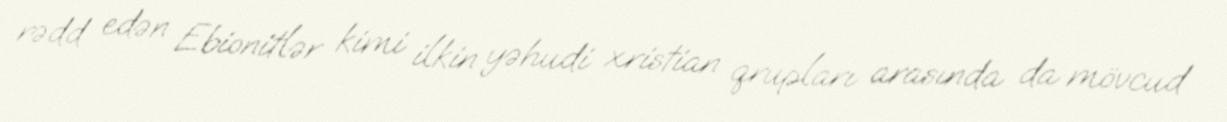
rədd edən Ebionitlər kimi ilkin yəhudi xristian qrupları arasında da mövcud